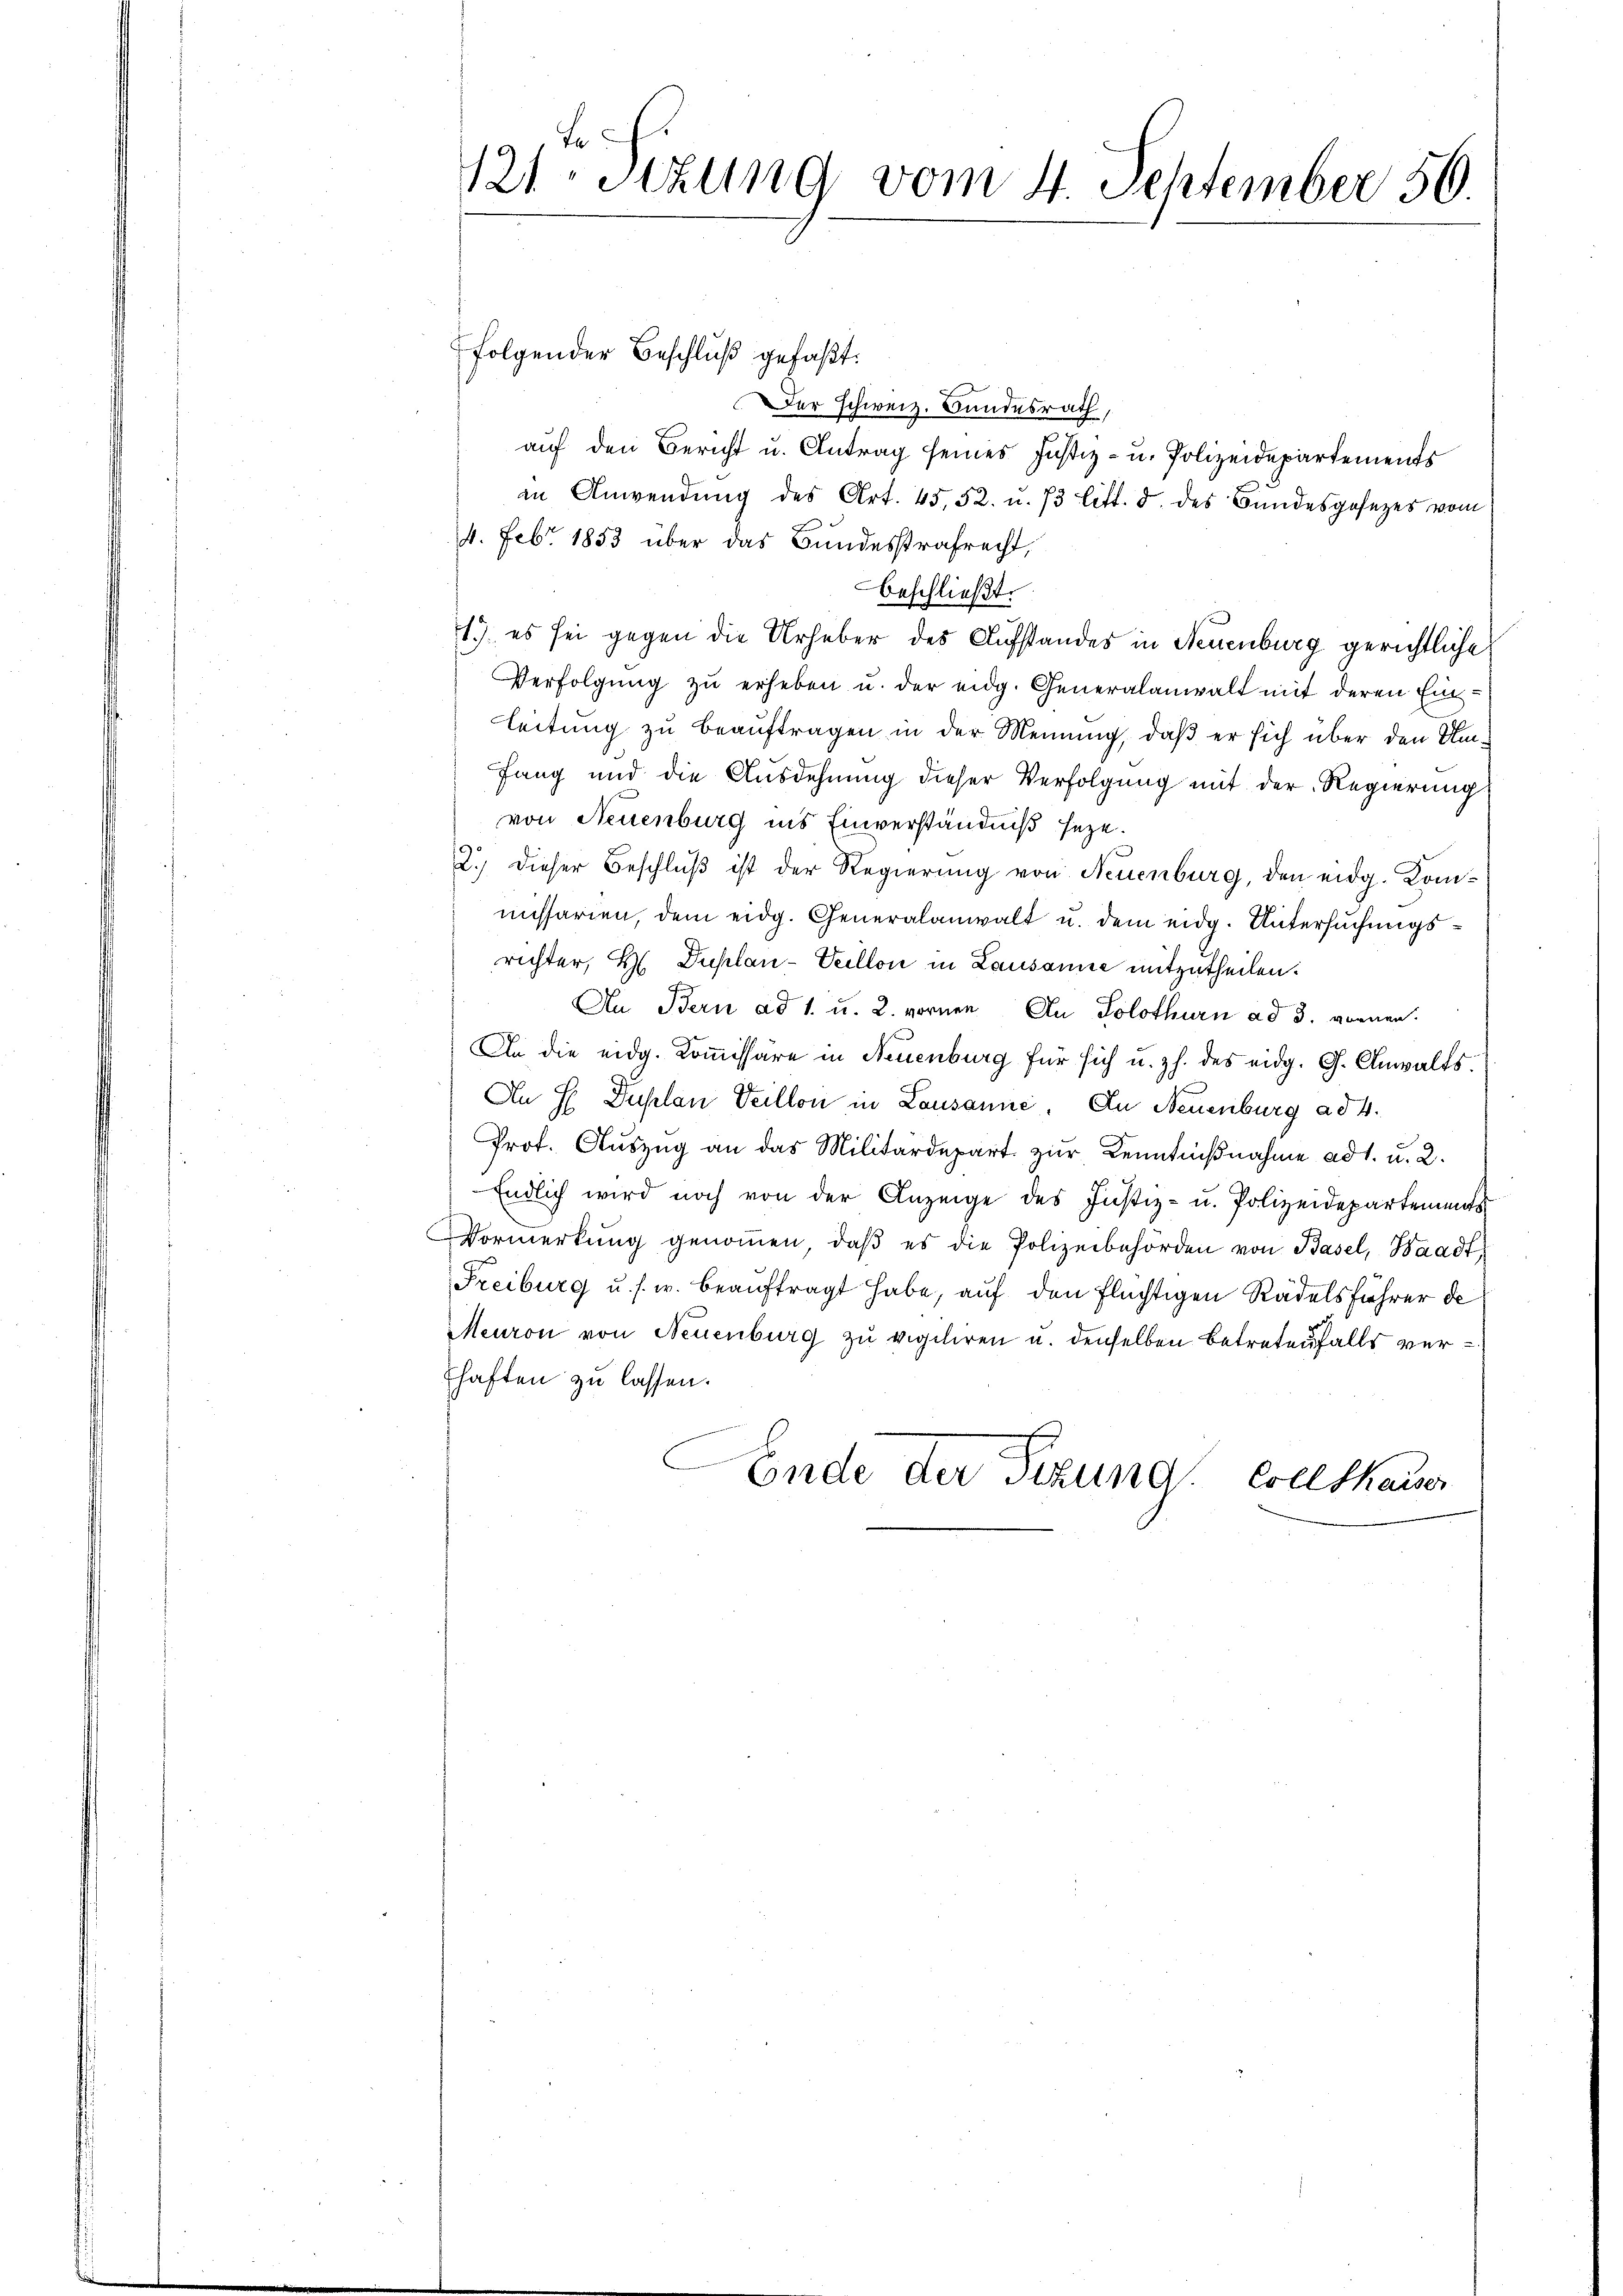
te
121. Sezung vom 4. September 56

folgender Beschlŭβ gefaßt:
Der Schweiz. Bundesrath,
auf den Bericht u. Antrag seines Justiz- u. Polizeidepartements
in Anwendŭng des Art. 4552. u. 73 litt. d. des Bŭndesgesezes vom
4. Febr. 1853 über das Bundesstrafrecht,
beschließt:
1.) es sei gegen die Urheber des Aufstandes in Neuenburg gerichtliche
Verfolgung zu erheben u. der eidg. Generalanwalt mit deren Einleitung zu beauftragen in der Meinung, daß er sich über den Umfang und die Ausdehnung dieser Verfolgung mit der Regierung
von Neuenburg ins Einverständniß seze.
2.) Dieser Beschluß ist der Regierung von Neuenburg, den eidg. Kommissarien, dem eidg. Generalanwalt u. dem eidg. Untersuchungsrichter, H. Duplan-Veillon in Lausanne mitzutheilen.
An Bern ad 1. u. 2. vornen Au Solothurn ad 3. vornen.
An die eidg. Kommissäre in Neuenburg für sich u. z. des eidg. G. Anwalts.
An H Duplan Veillon in Lausanne. In Neuenburg ad 4.
Prof. Auszug an das Militärdepart zur Kenntnißnahme ad 1. u. 2.
Endlich wird noch von der Anzeige des Justiz- u. Polizeidepartement
Vormerkŭng genoṁen, daβ es die Polizeibehörden von Basel, Waadt,
Freiburg u. s. w. beauftragt habe, auf den Flüchtigen Rädelsführer de
Meuron von Neuenburg zu vigiliren u. denselben betretenfalls verhaften zu lassen.
Ende der Fixund. Ellshauser